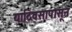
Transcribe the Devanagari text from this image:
यादिवसापासून